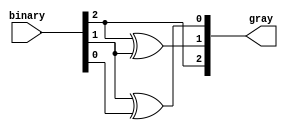
module gray_code_encoder (
    input  [2:0] binary,  // 3-bit binary input
    output [2:0] gray     // 2-bit Gray code output
);

    // Gray code generation
    assign gray[2] = binary[2];            // MSB remains the same
    assign gray[1] = binary[2] ^ binary[1]; // gray[1] = binary[2] XOR binary[1]
    assign gray[0] = binary[1] ^ binary[0]; // gray[0] = binary[1] XOR binary[0]

endmodule